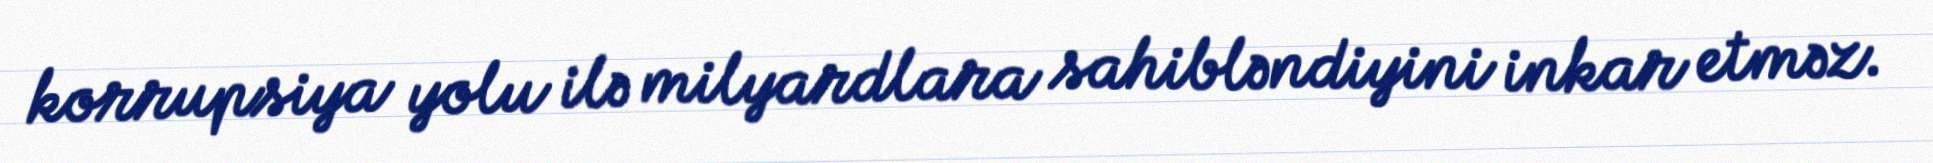
korrupsiya yolu ilə milyardlara sahibləndiyini inkar etməz.